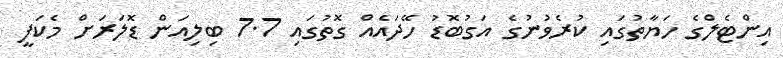
އިންޓެލްގެ ހަޔާތުގައި ކުރެވުނުގެ އަގުބޮޑު ހޭދައެއް ގޮތުގައި 7.7 ބިލިއަން ޑޮލަރަށް މެކަފީ